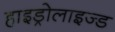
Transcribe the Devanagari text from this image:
हाइड्रोलाइज्ड